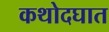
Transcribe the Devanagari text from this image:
कथोदघात